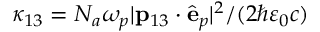
\kappa _ { 1 3 } = { \cal N } _ { a } \omega _ { p } | \mathbf { p } _ { 1 3 } \cdot \hat { \mathbf { e } } _ { p } | ^ { 2 } / ( 2 \hbar \varepsilon _ { 0 } c )